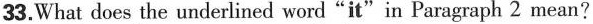
33.What does the underlined word"it"in Paragraph 2 mean?